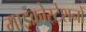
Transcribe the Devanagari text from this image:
माइक्रोस्टेशनों